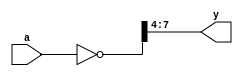
module test01_1(a, y);
  input [7:0] a;
  output [3:0] y;
  assign y = ~a >> 4;
endmodule